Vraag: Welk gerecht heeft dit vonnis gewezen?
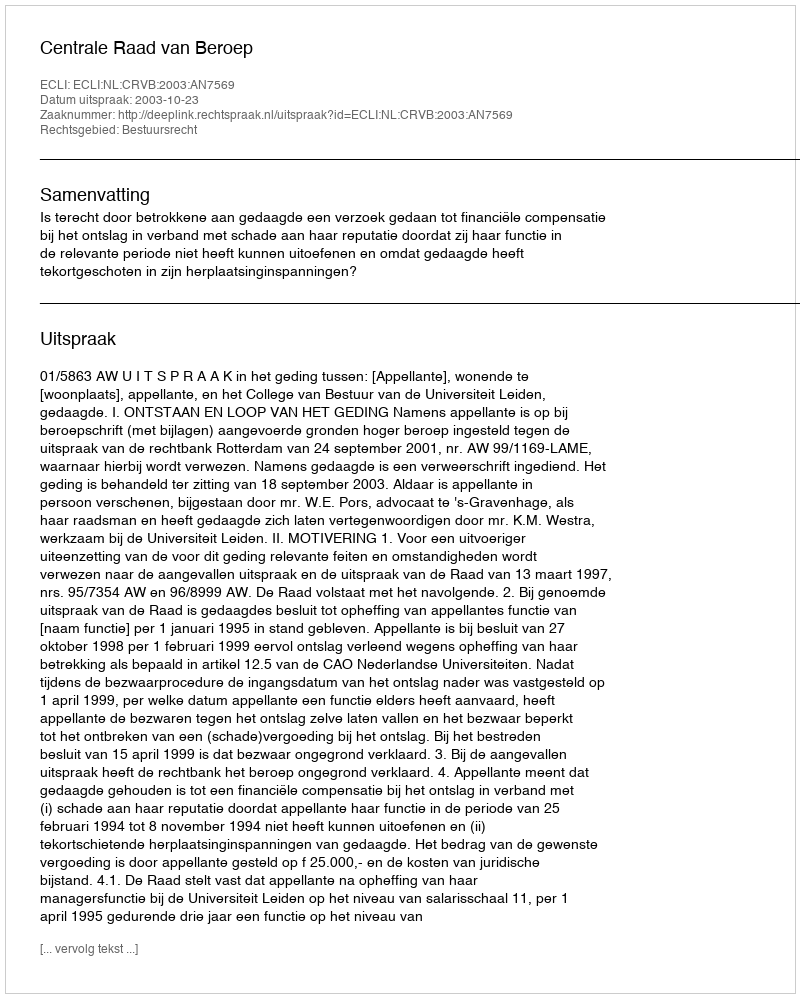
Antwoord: Centrale Raad van Beroep